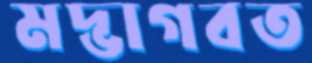
মদ্ভাগবত